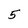
Character: 5